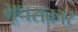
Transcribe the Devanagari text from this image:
भूधराकार